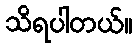
သိရပါတယ်။